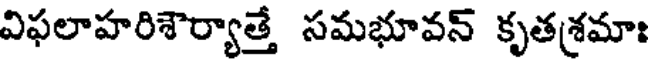
విఫలాహరిశౌర్యాత్తే సమభూవన్ కృతశ్రమాః